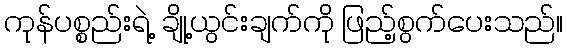
ကုန်ပစ္စည်းရဲ့ ချို့ယွင်းချက်ကို ဖြည့်စွက်ပေးသည်။